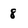
Character: 8